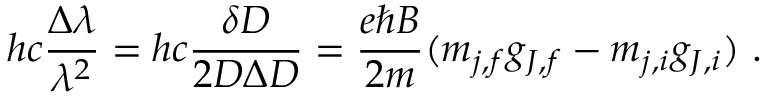
h c { \frac { \Delta \lambda } { \lambda ^ { 2 } } } = h c { \frac { \delta D } { 2 D \Delta D } } = { \frac { e \hbar B } { 2 m } } ( m _ { j , f } g _ { J , f } - m _ { j , i } g _ { J , i } ) \ .